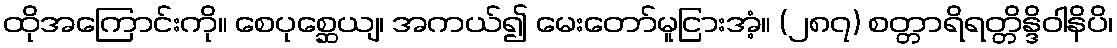
ထိုအကြောင်းကို။ စေပုစ္ဆေယျ၊ အကယ်၍ မေးတော်မူငြားအံ့။ (၂၈၇) စတ္တာရိရတ္တိန္ဒိဝါနိပိ၊